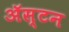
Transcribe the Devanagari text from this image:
अॅस्टन